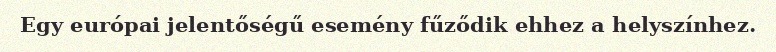
Egy európai jelentőségű esemény fűződik ehhez a helyszínhez.